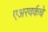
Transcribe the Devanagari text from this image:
एअरवर्कचे